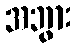
အဘွား